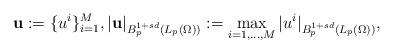
LaTeX: \begin{align*}\mathbf{u} := \{u^i\}_{i=1}^M,|\mathbf{u}|_{B^{1+sd}_p(L_p(\Omega))}:= \max_{i=1,...,M} |u^i|_{B^{1+sd}_p(L_p(\Omega))},\end{align*}